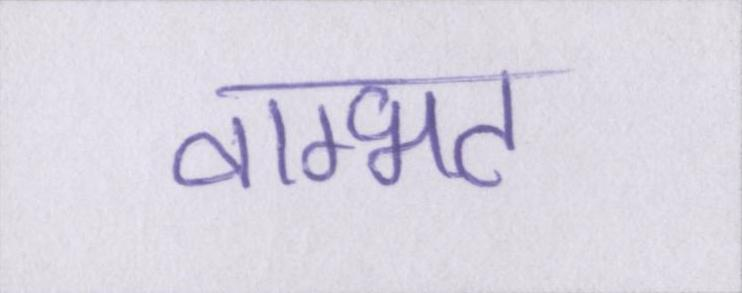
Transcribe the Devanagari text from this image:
वाग्भट